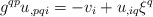
\begin{align*}g^{qp}u_{,pqi}=-v_{i}+u_{,iq}\xi^q\end{align*}